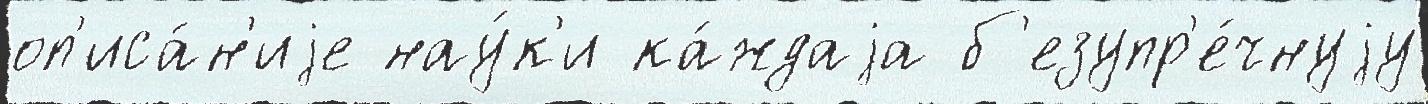
оп'иса́н'иjе нау́к'и ка́ждаjа б'езупр'е́чнуjу